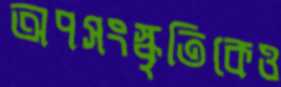
অপসংস্কৃতিকেও